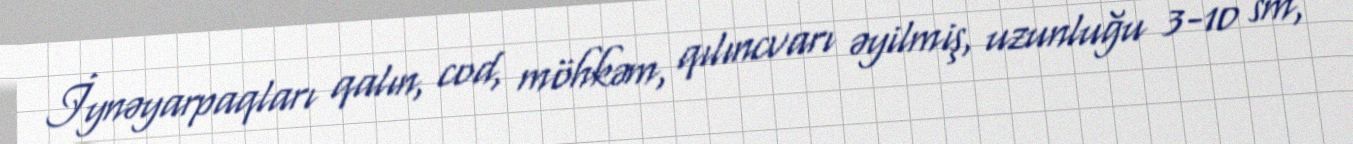
İynəyarpaqları qalın, cod, möhkəm, qılıncvarı əyilmiş, uzunluğu 3-10 sm,